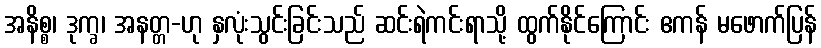
အနိစ္စ၊ ဒုက္ခ၊ အနတ္တ-ဟု နှလုံးသွင်းခြင်းသည် ဆင်းရဲကင်းရာသို့ ထွက်နိုင်ကြောင်း ဧကန် မဖောက်ပြန်